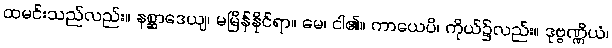
ထမင်းသည်လည်း။ နစ္ဆာဒေယျ၊ မမြိန်နိုင်ရာ။ မေ၊ ငါ၏။ ကာယေပိ၊ ကိုယ်၌လည်း။ ဒုဗ္ဗဏ္ဏိယံ၊